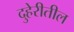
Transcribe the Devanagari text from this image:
दुहेरीतील